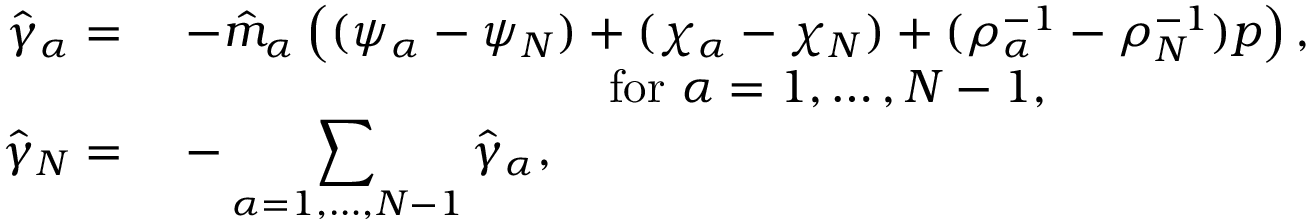
\begin{array} { r l } { \hat { \gamma } _ { \alpha } = } & { ~ - \hat { m } _ { \alpha } \left( ( \psi _ { \alpha } - \psi _ { N } ) + ( \chi _ { \alpha } - \chi _ { N } ) + ( \rho _ { \alpha } ^ { - 1 } - \rho _ { N } ^ { - 1 } ) p \right) , } \\ & { \quad \quad \quad \quad \quad \quad \quad \quad \quad \mathrm { ~ f o r ~ } \alpha = 1 , \dots , N - 1 , } \\ { \hat { \gamma } _ { N } = } & { ~ - \displaystyle \sum _ { \alpha = 1 , \dots , N - 1 } \hat { \gamma } _ { \alpha } , } \end{array}